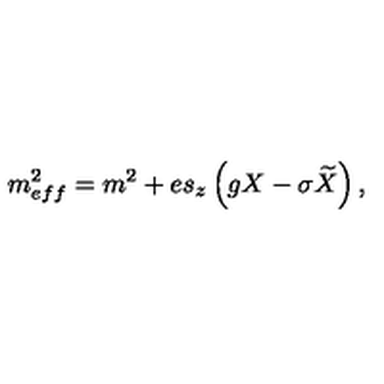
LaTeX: m _ { e f f } ^ { 2 } = m ^ { 2 } + e s _ { z } \left( g X - \sigma \widetilde { X } \right) ,